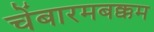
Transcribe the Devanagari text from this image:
चेंबारमबक्कम